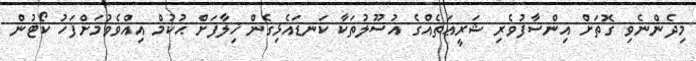
މިދެންނެވި ގޮތަށް އިންސާފުވެރި ޝަރީޢަތެއްގެ އުސޫލުތަކާ ކަނޑައެޅިގެން ޚިލާފަށް ޙުކުމް އިއްވެވުމަށްފަހު ކޯޓުން